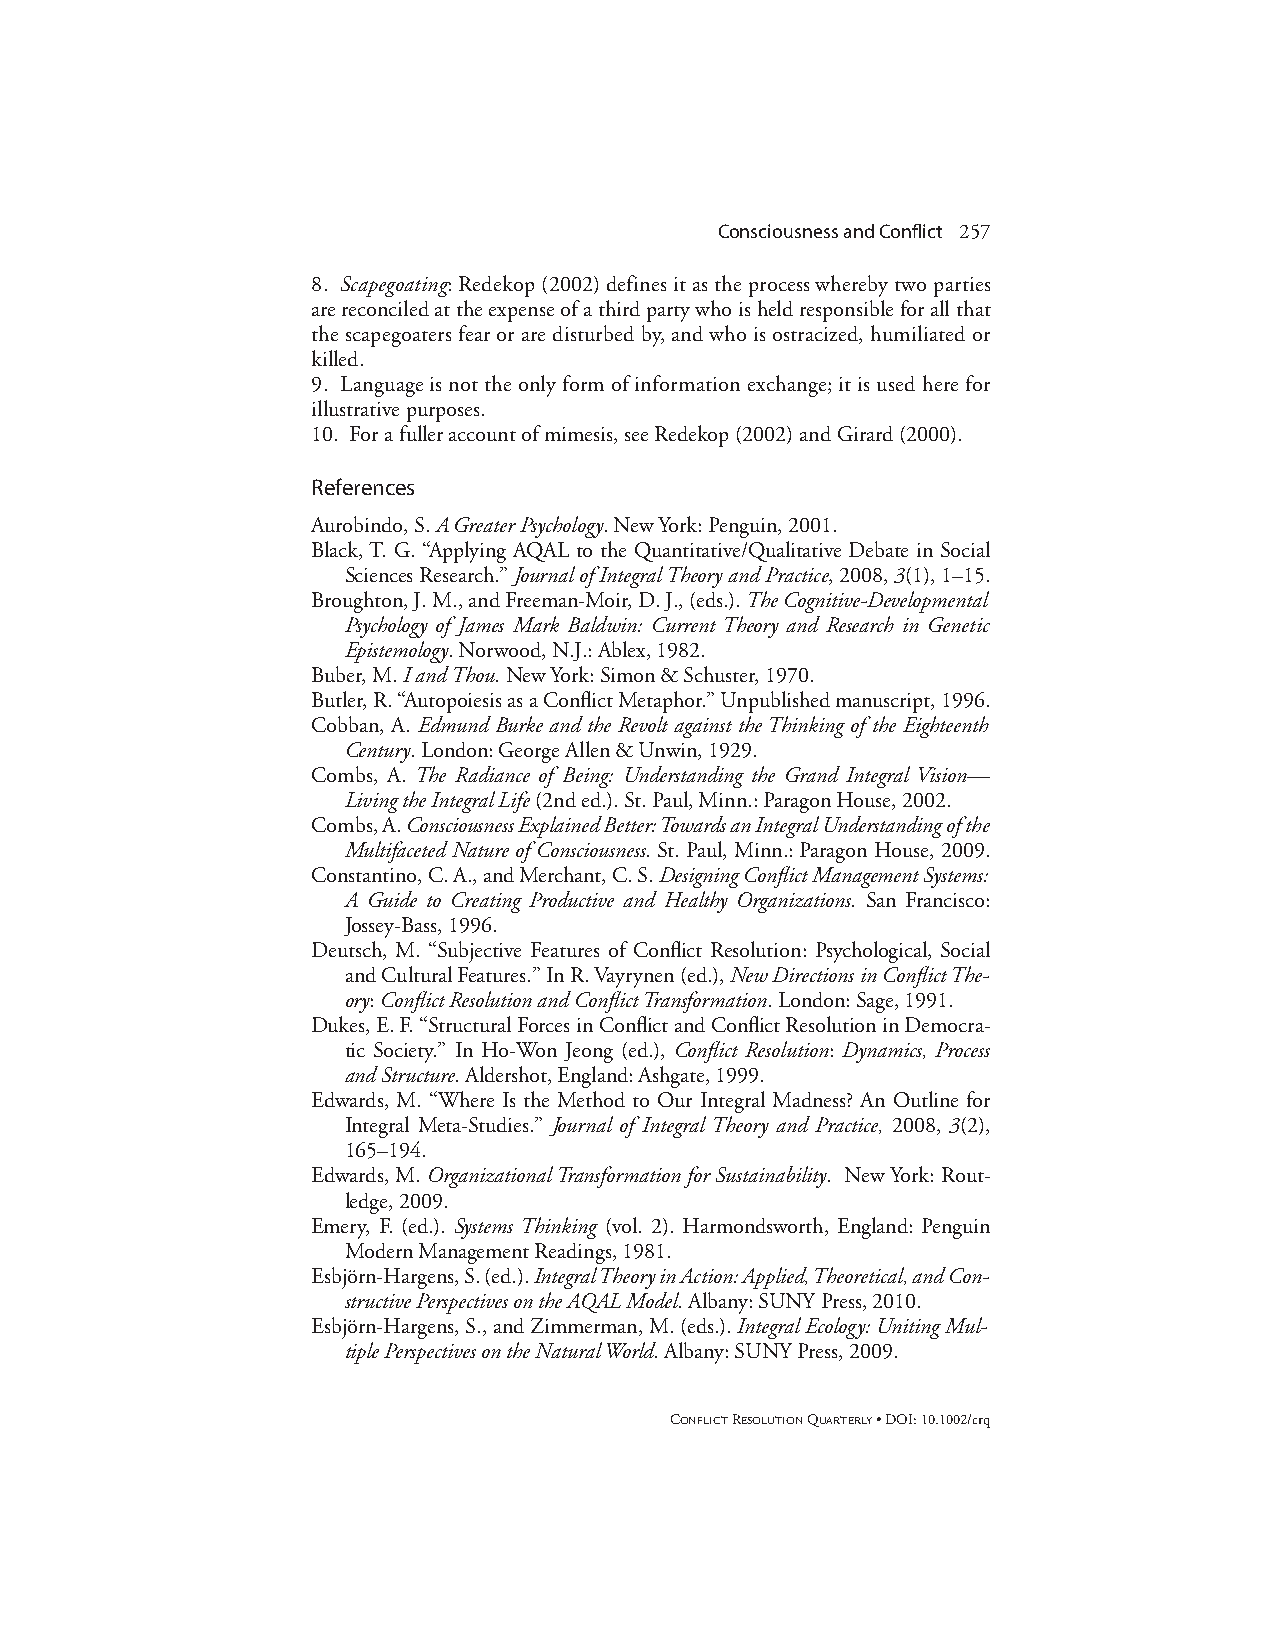
Consciousness and Conflict 257
 8. Scapegoating: Redekop (2002) defines it as the process whereby two parties
 are reconciled at the expense of a third party who is held responsible for all that
 the scapegoaters fear or are disturbed by, and who is ostracized, humiliated or
 killed.
 9. Language is not the only form of information exchange; it is used here for
 illustrative purposes.
 10. For a fuller account of mimesis, see Redekop (2002) and Girard (2000).
 References
 Aurobindo, S. A Greater Psychology. New York: Penguin, 2001.
 Black, T. G. “Applying AQAL to the Quantitative/Qualitative Debate in Social
 Sciences Research.” Journal of Integral Theory and Practice, 2008, 3(1), 1–15.
 Broughton, J. M., and Freeman-Moir, D. J., (eds.). The Cognitive-Developmental
 Psychology of James Mark Baldwin: Current Theory and Research in Genetic
 Epistemology. Norwood, N.J.: Ablex, 1982.
 Buber, M. I and Thou.New York: Simon & Schuster, 1970.
 Butler, R. “Autopoiesis as a Conflict Metaphor.” Unpublished manuscript, 1996.
 Cobban, A. Edmund Burke and the Revolt against the Thinking of the Eighteenth
 Century. London: George Allen & Unwin, 1929.
 Combs, A. The Radiance of Being: Understanding the Grand Integral Vision—
 Living the Integral Life(2nd ed.). St. Paul, Minn.: Paragon House, 2002.
 Combs, A. Consciousness Explained Better: Towards an Integral Understanding of the
 Multifaceted Nature of Consciousness. St. Paul, Minn.: Paragon House, 2009.
 Constantino, C. A., and Merchant, C. S. Designing Conflict Management Systems:
 A Guide to Creating Productive and Healthy Organizations. San Francisco:
 Jossey-Bass, 1996.
 Deutsch, M. “Subjective Features of Conflict Resolution: Psychological, Social
 and Cultural Features.” In R. Vayrynen (ed.), New Directions in Conflict The-
 ory:Conflict Resolution and Conflict Transformation. London: Sage, 1991.
 Dukes, E. F. “Structural Forces in Conflict and Conflict Resolution in Democra-
 tic Society.” In Ho-Won Jeong (ed.), Conflict Resolution: Dynamics, Process
 and Structure. Aldershot, England: Ashgate, 1999.
 Edwards, M. “Where Is the Method to Our Integral Madness? An Outline for
 Integral Meta-Studies.” Journal of Integral Theory and Practice, 2008, 3(2),
 165–194.
 Edwards, M. Organizational Transformation for Sustainability. New York: Rout-
 ledge, 2009.
 Emery, F. (ed.). Systems Thinking (vol. 2). Harmondsworth, England: Penguin
 Modern Management Readings, 1981.
 Esbjörn-Hargens, S. (ed.). Integral Theory in Action: Applied, Theoretical, and Con-
 structive Perspectives on the AQAL Model. Albany: SUNY Press, 2010.
 Esbjörn-Hargens, S., and Zimmerman, M. (eds.). Integral Ecology: Uniting Mul-
 tiple Perspectives on the Natural World. Albany: SUNY Press, 2009.
 CONFLICTRESOLUTIONQUARTERLY• DOI: 10.1002/crq